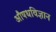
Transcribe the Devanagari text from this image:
औषधविज्ञान